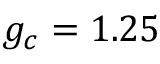
g _ { c } = 1 . 2 5